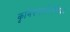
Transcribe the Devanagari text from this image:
कृमिरूपपरिशेषिका